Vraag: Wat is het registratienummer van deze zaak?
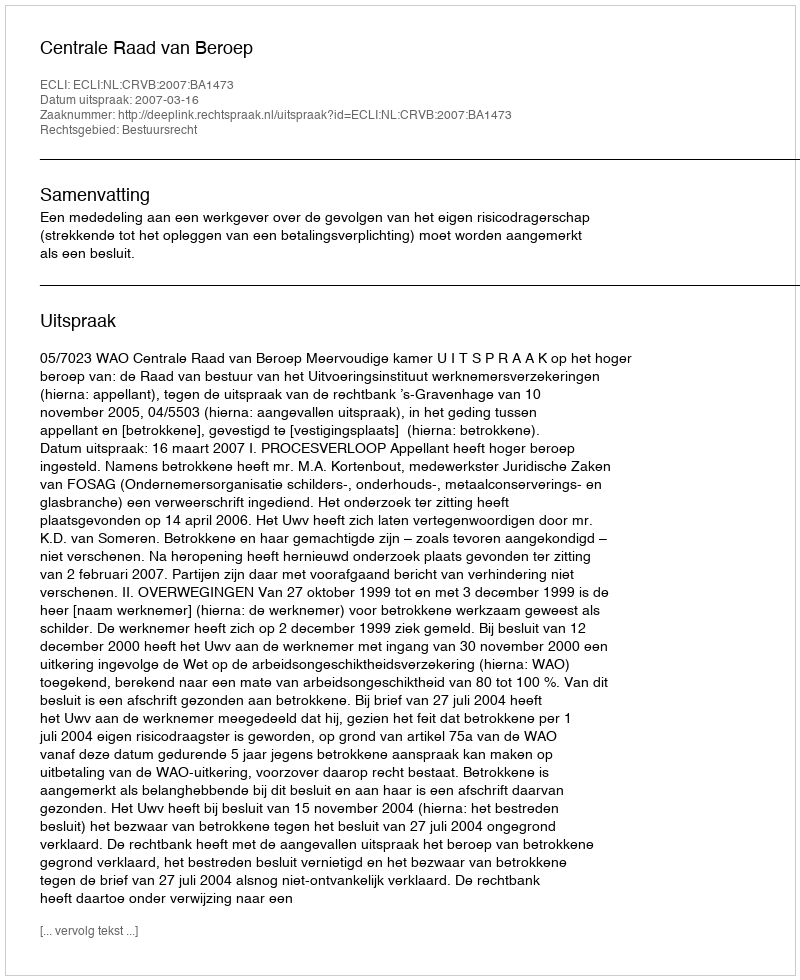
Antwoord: http://deeplink.rechtspraak.nl/uitspraak?id=ECLI:NL:CRVB:2007:BA1473